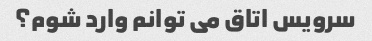
سرویس اتاق می توانم وارد شوم؟